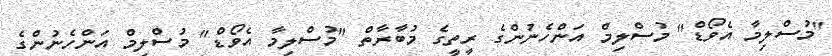
"މުސްލިމާ އެވޯޑް" މުސްލިމް އަންހެނުންގެ ރީތީގެ މުބާރާތް "މުސްލިމާ އެވޯޑް" މުސްލިމް އަންހެނުންގެ